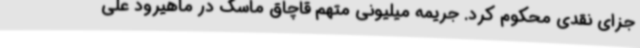
جزای نقدی محکوم کرد. جریمه میلیونی متهم قاچاق ماسک در ماهیرود علی